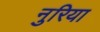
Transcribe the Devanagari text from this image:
नुरिया